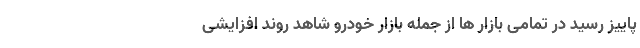
پاییز رسید در تمامی بازار ها از جمله بازار خودرو شاهد روند افزایشی